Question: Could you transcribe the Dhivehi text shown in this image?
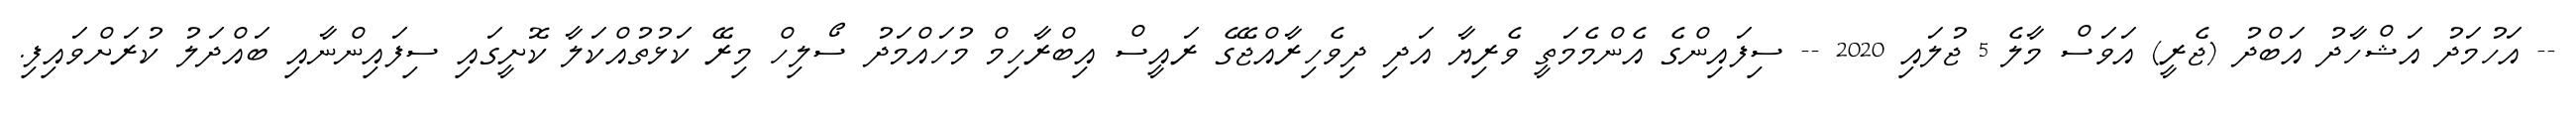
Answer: -- އަހުމަދު އަޝްހާދު އަބްދު (ޖެރީ) އަވަސް މާލެ 5 ޖުލައި 2020 -- ސިފައިންގެ އެންމެމަތީ ވެރިޔާ އަދި ދިވެހިރާއްޖޭގެ ރައީސް އިބްރާހިމް މުހައްމަދު ސޯލިހް މިރޭ ކަޅުތުއްކަލާ ކޮށީގައި ސިފައިންނާއި ބައްދަލު ކުރަށްވައިފި.